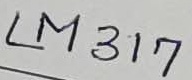
Text: LM317